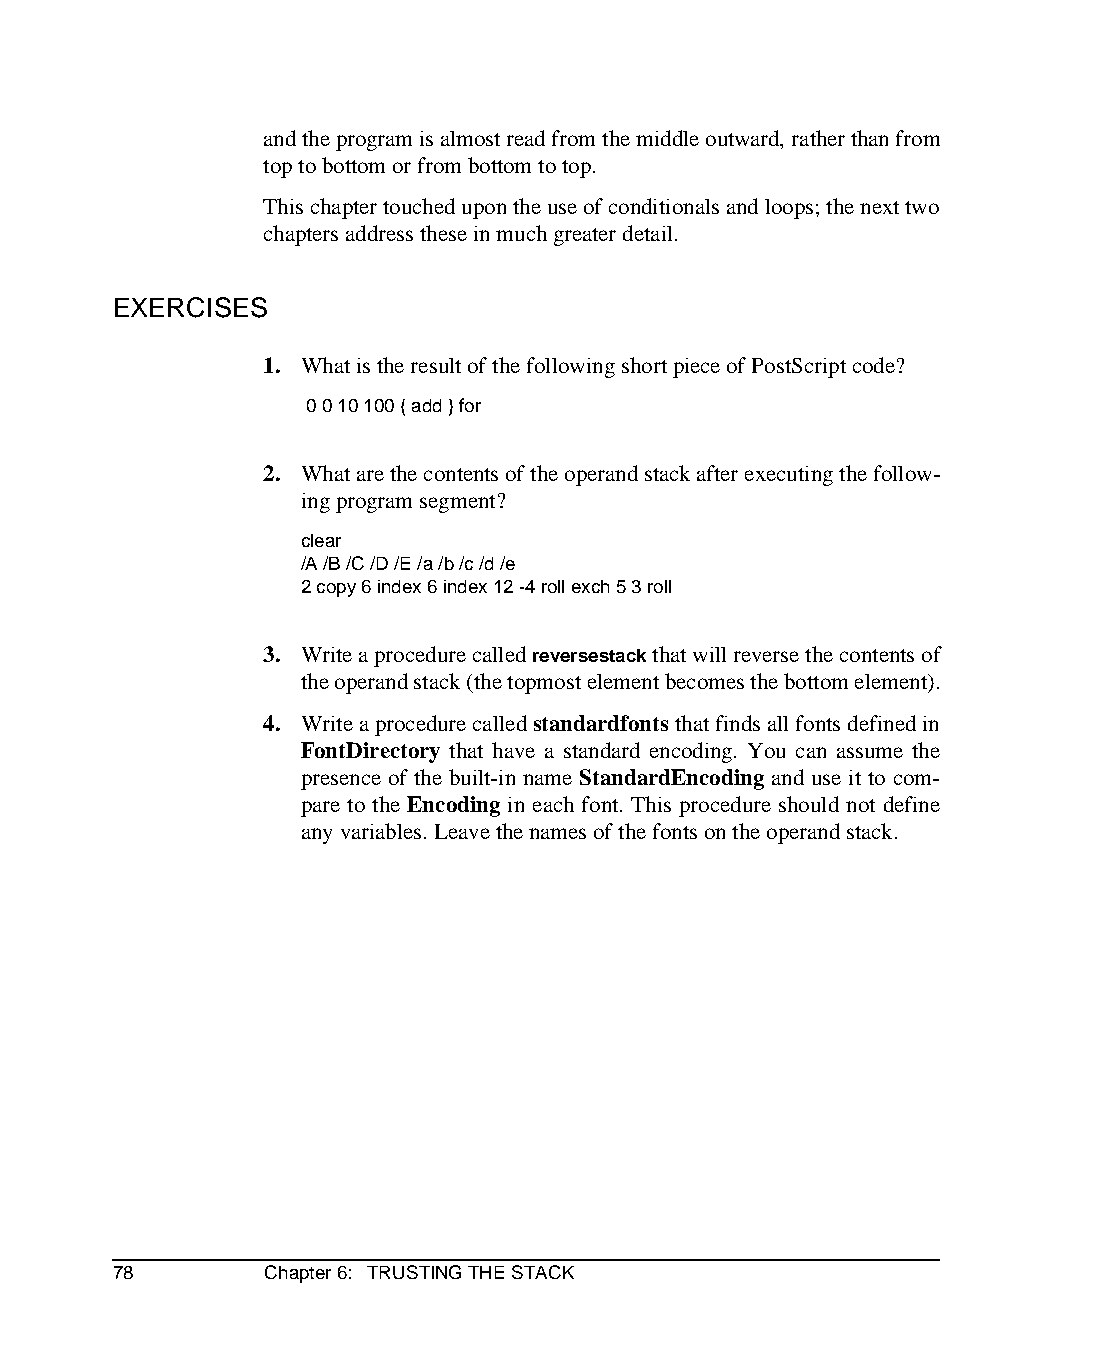
and the program is almost read from the middle outward, rather than from
 top to bottom or from bottom to top.
 This chapter touched upon the use of conditionals and loops; the next two
 chapters address these in much greater detail.
 EXERCISES
 1. What is the result of the following short piece of PostScript code?
 0 0 10 100 { add } for
 2. What are the contents of the operand stack after executing the follow-
 ing program segment?
 clear
 /A /B /C /D /E /a /b /c /d /e
 2 copy 6 index 6 index 12 -4 roll exch 5 3 roll
 3. Write a procedure called reversestack that will reverse the contents of
 the operand stack (the topmost element becomes the bottom element).
 4. Write a procedure called standardfonts that finds all fonts defined in
 FontDirectory that have a standard encoding. You can assume the
 presence of the built-in name StandardEncoding and use it to com-
 pare to the Encoding in each font. This procedure should not define
 any variables. Leave the names of the fonts on the operand stack.
 78        Chapter 6: TRUSTING THE STACK